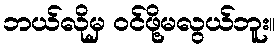
ဘယ်လိုမှ ဝင်ဖို့မလွယ်ဘူး။